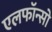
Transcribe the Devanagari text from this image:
एलफाॅन्सो